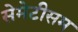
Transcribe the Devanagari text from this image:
सेमेटीसम